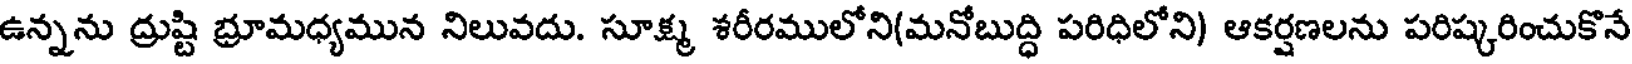
ఉన్నను ద్రుష్టి భ్రూమధ్యమున నిలువదు. సూక్ష్మ శరీరములోని(మనోబుద్ధి పరిధిలోని) ఆకర్షణలను పరిష్కరించుకొనే